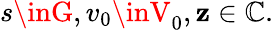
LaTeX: s\inG,v_{0}\inV_{0},\mathbf{z}\in\mathbb{{C}}.